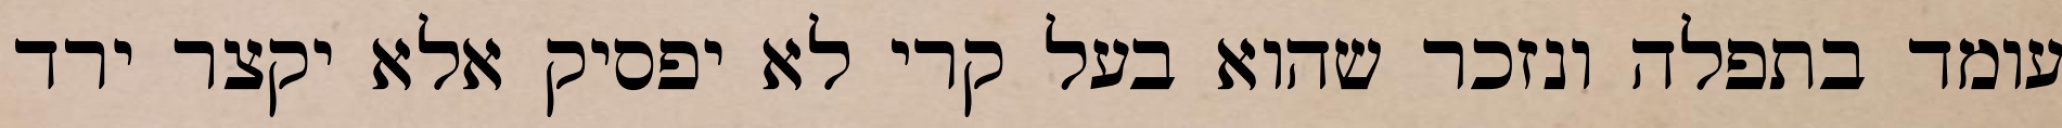
עומד בתפלה ונזכר שהוא בעל קרי לא יפסיק אלא יקצר ירד